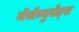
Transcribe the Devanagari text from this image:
मॅसॅच्युसेट्‌स